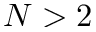
N > 2